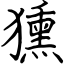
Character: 獯